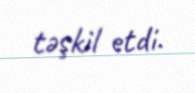
təşkil etdi.